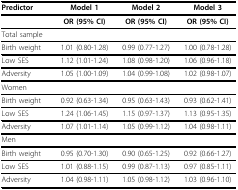
| Predictor | Model 1 | Model 2 | Model 3 |
 | --- | --- | --- | --- |
 |  | OR (95% CI) | OR (95% CI) | OR (95% CI) |
 | Total sample |  |  |  |
 | Birth weight | 1.01 (0.80-1.28) | 0.99 (0.77-1.27) | 1.00 (0.78-1.28) |
 | Low SES | 1.12 (1.01-1.24) | 1.08 (0.98-1.20) | 1.06 (0.96-1.18) |
 | Adversity | 1.05 (1.00-1.09) | 1.04 (0.99-1.08) | 1.02 (0.98-1.07) |
 | Women |  |  |  |
 | Birth weight | 0.92 (0.63-1.34) | 0.95 (0.63-1.43) | 0.93 (0.62-1.41) |
 | Low SES | 1.24 (1.06-1.45) | 1.15 (0.97-1.37) | 1.13 (0.95-1.35) |
 | Adversity | 1.07 (1.01-1.14) | 1.05 (0.99-1.12) | 1.04 (0.98-1.11) |
 | Men |  |  |  |
 | Birth weight | 0.95 (0.70-1.30) | 0.90 (0.65-1.25) | 0.92 (0.66-1.27) |
 | Low SES | 1.01 (0.88-1.15) | 0.99 (0.87-1.13) | 0.97 (0.85-1.11) |
 | Adversity | 1.04 (0.98-1.11) | 1.05 (0.98-1.12) | 1.03 (0.96-1.10) |